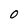
Character: 0